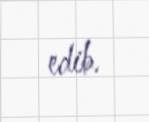
edib.